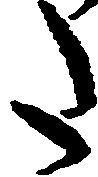
た